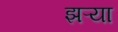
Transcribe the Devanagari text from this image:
झऱ्या